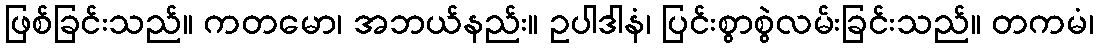
ဖြစ်ခြင်းသည်။ ကတမော၊ အဘယ်နည်း။ ဥပါဒါနံ၊ ပြင်းစွာစွဲလမ်းခြင်းသည်။ တကမံ၊